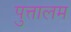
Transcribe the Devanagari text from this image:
पुत्तालम